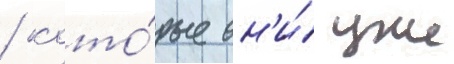
/ кото́рые он'и́ уже